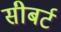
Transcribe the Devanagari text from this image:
सीबर्ट